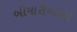
બીમારીઓની